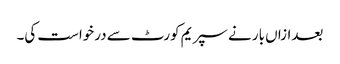
بعدازاں بار نے سپریم کورٹ سے درخواست کی۔